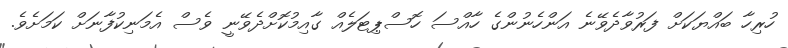
ހުރިހާ ބައްޔަކަށް ފަރުވާދެވޭނެ އަންހެނުންގެ ހާއްސަ ހޮސްޕިޓަލެއް ގާއިމުކޮށްދެވޭނީ ވެސް އެމަނިކުފާނަށް ކަމަށެވެ.